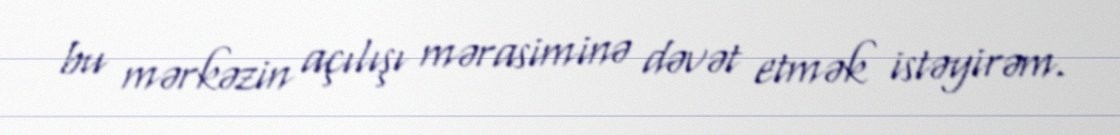
bu mərkəzin açılışı mərasiminə dəvət etmək istəyirəm.